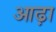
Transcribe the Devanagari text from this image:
आढ़ा